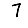
Digit: 7